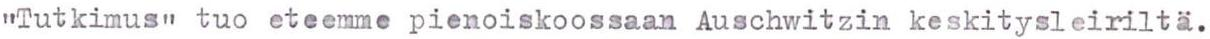
"Tutkimus" tuo eteemme pienoiskoossaan Auschwitzin keskitysleiriltä.